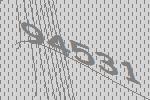
94531